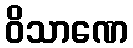
ဝိသာဏေ